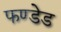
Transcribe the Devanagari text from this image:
फण्डेड